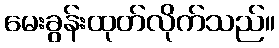
မေးခွန်းထုတ်လိုက်သည်။